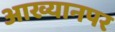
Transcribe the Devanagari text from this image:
आख्यानपर